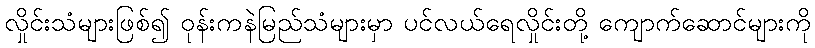
လှိုင်းသံများဖြစ်၍ ဝုန်းကနဲမြည်သံများမှာ ပင်လယ်ရေလှိုင်းတို့ ကျောက်ဆောင်များကို